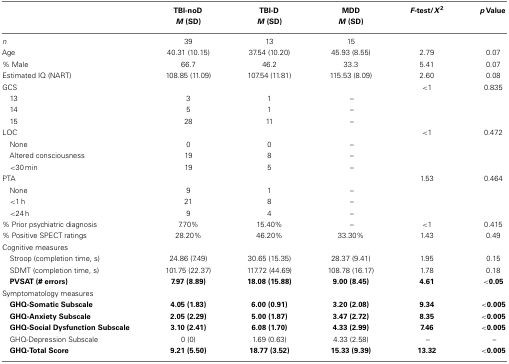
<table><thead><tr><td></td><td><b>TBI-noD</b></td><td><b>TBI-D</b></td><td><b>MDD</b></td><td><b><i>F-</i>test/<i>X</i><sup>2</sup></b></td><td><b><i>p</i> Value</b></td></tr><tr><td></td><td><b><i>M</i> (SD)</b></td><td><b><i>M</i> (SD)</b></td><td><b><i>M</i> (SD)</b></td><td></td><td></td></tr></thead><tbody><tr><td><i>n</i></td><td>39</td><td>13</td><td>15</td><td></td></tr><tr><td>Age</td><td>40.31 (10.15)</td><td>37.54 (10.20)</td><td>45.93 (8.55)</td><td>2.79</td><td>0.07</td></tr><tr><td>% Male</td><td>66.7</td><td>46.2</td><td>33.3</td><td>5.41</td><td>0.07</td></tr><tr><td>Estimated IQ (NART)</td><td>108.85 (11.09)</td><td>107.54 (11.81)</td><td>115.53 (8.09)</td><td>2.60</td><td>0.08</td></tr><tr><td>GCS</td><td></td><td></td><td></td><td>&lt;1</td><td>0.835</td></tr><tr><td> 13</td><td>3</td><td>1</td><td>–</td><td></td></tr><tr><td> 14</td><td>5</td><td>1</td><td>–</td><td></td></tr><tr><td> 15</td><td>28</td><td>11</td><td>–</td><td></td></tr><tr><td>LOC</td><td></td><td></td><td></td><td>&lt;1</td><td>0.472</td></tr><tr><td> None</td><td>0</td><td>0</td><td>–</td><td></td></tr><tr><td> Altered consciousness</td><td>19</td><td>8</td><td>–</td><td></td><td></td></tr><tr><td>&lt;30 min</td><td>19</td><td>5</td><td>–</td><td></td><td></td></tr><tr><td>PTA</td><td></td><td></td><td></td><td>1.53</td><td>0.464</td></tr><tr><td> None</td><td>9</td><td>1</td><td>–</td><td></td></tr><tr><td>&lt;1 h</td><td>21</td><td>8</td><td>–</td><td></td></tr><tr><td>&lt;24 h</td><td>9</td><td>4</td><td>–</td><td></td></tr><tr><td>% Prior psychiatric diagnosis</td><td>7.70%</td><td>15.40%</td><td>–</td><td>&lt;1</td><td>0.415</td></tr><tr><td>% Positive SPECT ratings</td><td>28.20%</td><td>46.20%</td><td>33.30%</td><td>1.43</td><td>0.49</td></tr><tr><td>Cognitive measures</td></tr><tr><td> Stroop (completion time, s)</td><td>24.86 (7.49)</td><td>30.65 (15.35)</td><td>28.37 (9.41)</td><td>1.95</td><td>0.15</td></tr><tr><td> SDMT (completion time, s)</td><td>101.75 (22.37)</td><td>117.72 (44.69)</td><td>108.78 (16.17)</td><td>1.78</td><td>0.18</td></tr><tr><td> <b>PVSAT (# errors)</b></td><td><b>7.97 (8.89)</b></td><td><b>18.08 (15.88)</b></td><td><b>9.00 (8.45)</b></td><td><b>4.61</b></td><td><b>&lt;0.05</b></td></tr><tr><td>Symptomatology measures</td></tr><tr><td> <b>GHQ-Somatic Subscale</b></td><td><b>4.05 (1.83)</b></td><td><b>6.00 (0.91)</b></td><td><b>3.20 (2.08)</b></td><td><b>9.34</b></td><td><b>&lt;0.005</b></td></tr><tr><td> <b>GHQ-Anxiety Subscale</b></td><td><b>2.05 (2.29)</b></td><td><b>5.00 (1.87)</b></td><td><b>3.47 (2.72)</b></td><td><b>8.35</b></td><td><b>&lt;0.005</b></td></tr><tr><td> <b>GHQ-Social Dysfunction Subscale</b></td><td><b>3.10 (2.41)</b></td><td><b>6.08 (1.70)</b></td><td><b>4.33 (2.99)</b></td><td><b>7.46</b></td><td><b>&lt;0.005</b></td></tr><tr><td> GHQ-Depression Subscale</td><td>0 (0)</td><td>1.69 (0.63)</td><td>4.33 (2.58)</td><td>–</td><td>–</td></tr><tr><td> <b>GHQ-Total Score</b></td><td><b>9.21 (5.50)</b></td><td><b>18.77 (3.52)</b></td><td><b>15.33 (9.39)</b></td><td><b>13.32</b></td><td><b>&lt;0.005</b></td></tr></tbody></table>